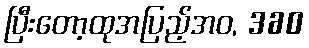
ပြီးတော့ထုအပြည့်အဝ, 360